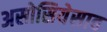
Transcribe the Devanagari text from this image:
असोसियेसाव